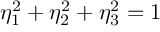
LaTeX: \eta _ { 1 } ^ { 2 } + \eta _ { 2 } ^ { 2 } + \eta _ { 3 } ^ { 2 } = 1